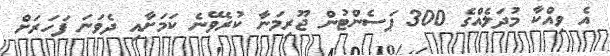
އެ ވިއްކާ މުދަލެއްގެ 300 ޕަސެންޓުން ޖޫރިމަނާ ކުރެވޭނެ ކަމަށާއި ދެވަނަ ފަހަރަށް